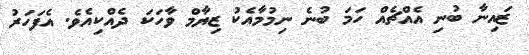
ޒައިނާ ބުނި އެެއްޗެއް ހަމަ ބުނެ ނިމުމާއެކު ޒިޔާމް ވާހަކަ ދެއްކިއެވެ. އެފަހަރު